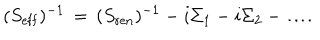
( S _ { \mathrm { e f f } } ) ^ { - 1 } \, = \, ( S _ { \mathrm { r e n } } ) ^ { - 1 } - i \Sigma _ { 1 } - i \Sigma _ { 2 } - \dots \! .